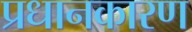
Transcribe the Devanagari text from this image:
प्रधानकारण